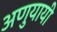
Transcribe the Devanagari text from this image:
अणुयायी